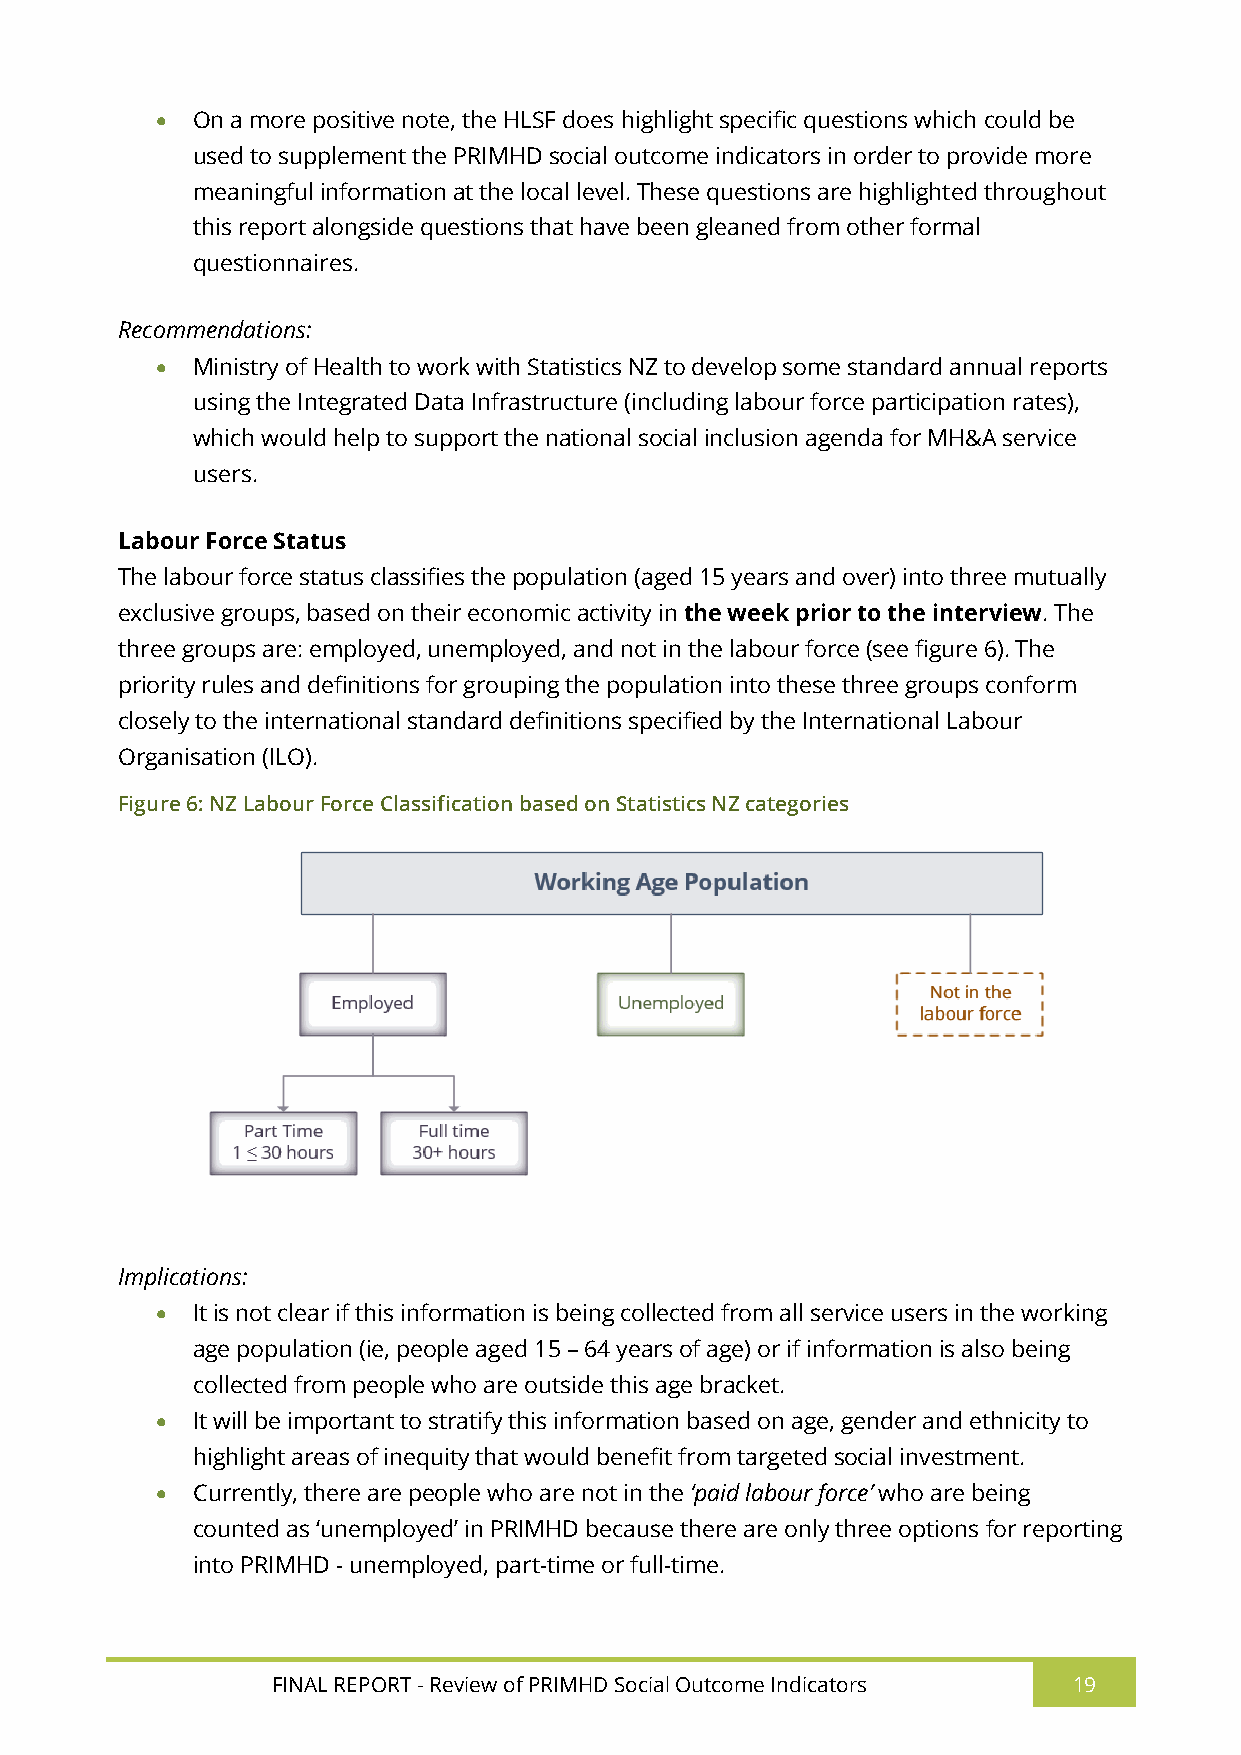
  On a more positive note, the HLSF does highlight specific questions which could be
 used to supplement the PRIMHD social outcome indicators in order to provide more
 meaningful information at the local level. These questions are highlighted throughout
 this report alongside questions that have been gleaned from other formal
 questionnaires.
 Recommendations:
   Ministry of Health to work with Statistics NZ to develop some standard annual reports
 using the Integrated Data Infrastructure (including labour force participation rates),
 which would help to support the national social inclusion agenda for MH&A service
 users.
 Labour Force Status
 The labour force status classifies the population (aged 15 years and over) into three mutually
 exclusive groups, based on their economic activity in the week prior to the interview. The
 three groups are: employed, unemployed, and not in the labour force (see figure 6). The
 priority rules and definitions for grouping the population into these three groups conform
 closely to the international standard definitions specified by the International Labour
 Organisation (ILO).
 Figure 6: NZ Labour Force Classification based on Statistics NZ categories
 Implications:
   It is not clear if this information is being collected from all service users in the working
 age population (ie, people aged 15 – 64 years of age) or if information is also being
 collected from people who are outside this age bracket.
   It will be important to stratify this information based on age, gender and ethnicity to
 highlight areas of inequity that would benefit from targeted social investment.
   Currently, there are people who are not in the ‘paid labour force’ who are being
 counted as ‘unemployed’ in PRIMHD because there are only three options for reporting
 into PRIMHD - unemployed, part-time or full-time.
 FINAL REPORT - Review of PRIMHD Social Outcome Indicators 19